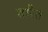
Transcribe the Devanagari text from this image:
शरित